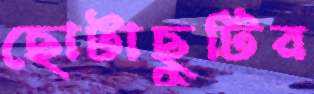
ছোটাছুটির